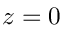
z = 0